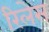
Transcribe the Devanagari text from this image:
रिलेस